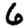
Digit: 6